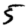
Digit: 5